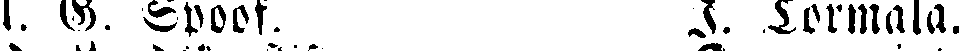
A. G. Spoof. I. Törmälä.